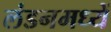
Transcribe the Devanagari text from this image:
लंडनमध्यें